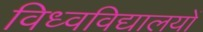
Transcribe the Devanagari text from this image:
विध्वविद्यालयों